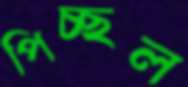
পিচ্ছল